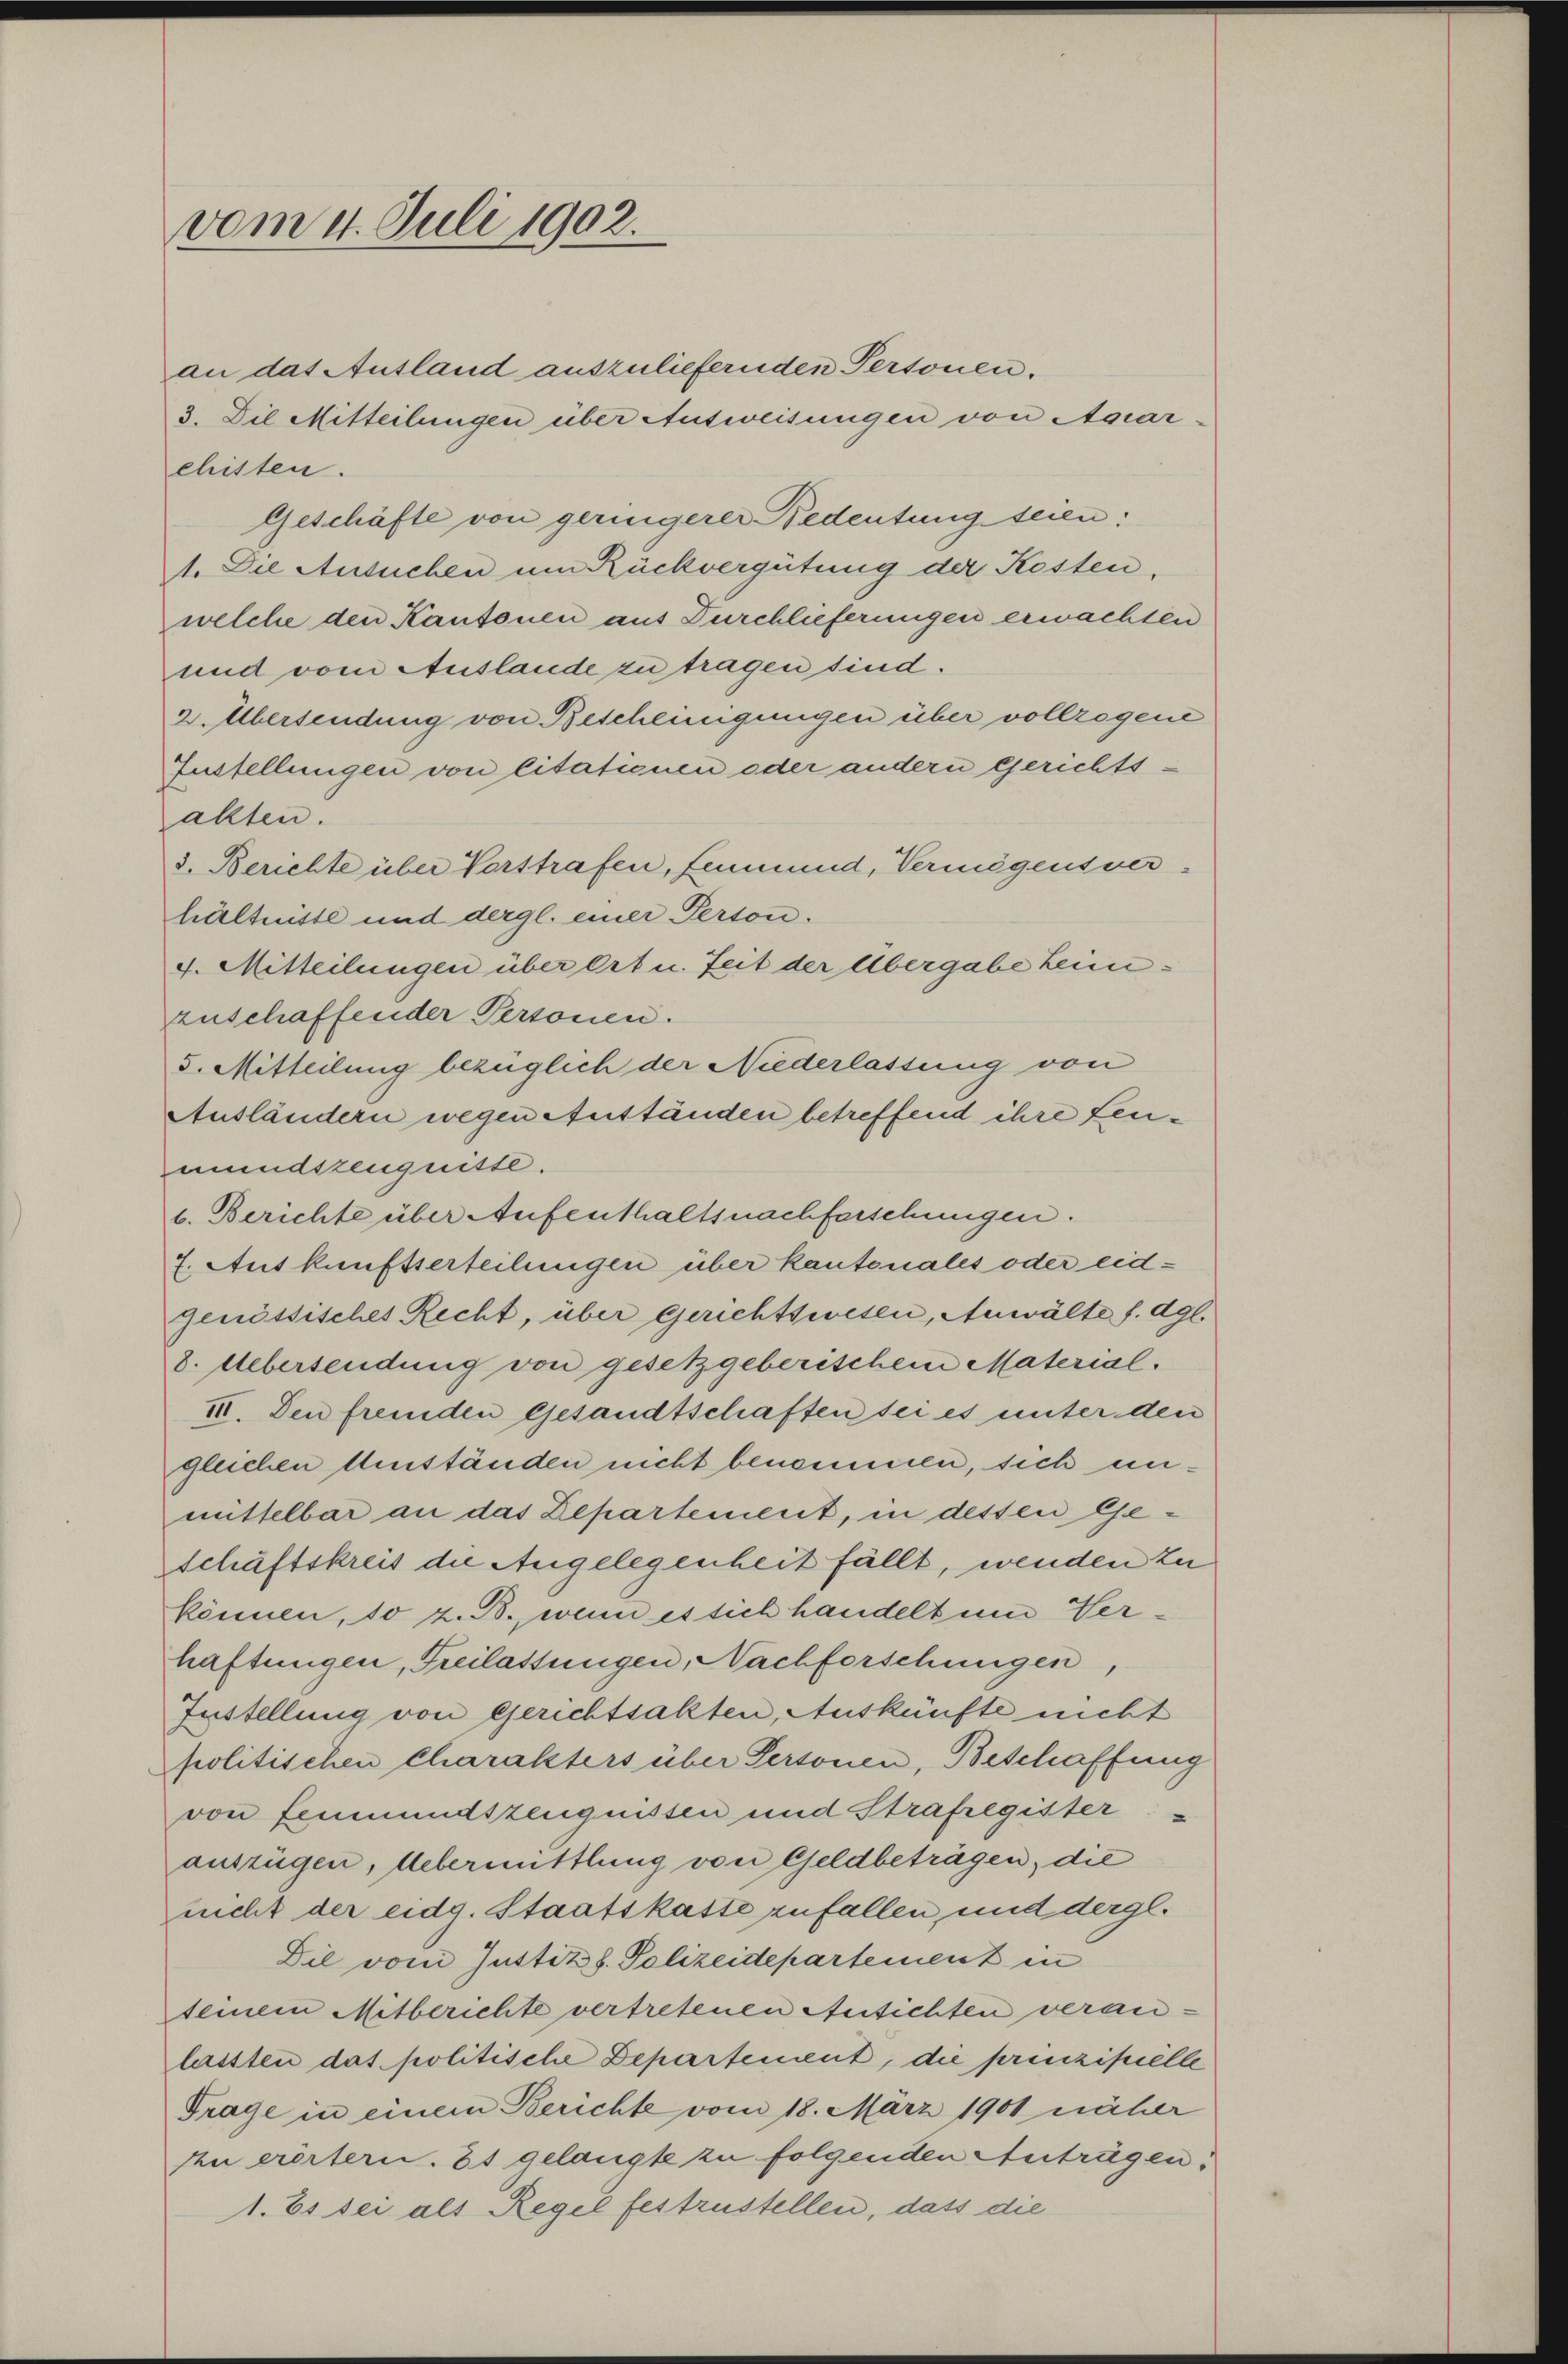
vom 4. Juli 1902.

an das Ausland auszuliefernden Personen.
3. Die Mitteilungen über Ausweisungen von Aerar-
chitten.
Geschäfte von geringerer Bedeutung seien:
1. Die Ansuchen um Rückvergütung der Kosten,
welche den Kantonen aus Durchlieferungen erwachten
und vom Auslande zu tragen sind.
v. Übersendung von Bescheinigungen über vollzogene
Eustellungen von litationen oder andern gerichts.
akten.
3. Berichte über Verstrafen, Einmund, Vermögensver-
hältnisse und dergl. einer Person.
4. Mitteilungen über Ort u. Zeit der Übergabe heimzuschaffender Personen.
5. Mitteilung bezüglich der Niederlassung von
Ausländern wegen Anständen betreffend ihre Leumundszeugnisse.
1. Berichte über Aufenthaltsnachforschungen.
7. Auskunftserteilungen über kantonales oder eidgenössisches Recht, über gerichtswesen, Anwälte f. dgl.
8. Uebersendung von gesetzgeberischem Material¬
III. Den fremden Gesandtschaften sei es unter den
gleichen Umständen nicht benommen, sich unmittelbar an das Departement, in dessen Geschäftskreis die Angelegenheit fällt, wenden zu
können, 10 z. B., wenn es sich handelt um Verhaftungen, Freilassungen, Nachforschungen,
Iustellung von Gerichtsalten, Auskünfte nicht
politischen Charakters über Personen, Beschaffung
von Fenmundszeugnissen und Strafregister
auszügen, Uebermittlung von Geldbeträgen, die
nicht der eidg. Staatskasse zufallen, und dergl.
Die vom Justiz z. Polizeidepartement in
seinem Mitberichte vertretenen Ansichten veranlassten das politische Departement, die prinzipielle
Frage in einem Berichte vom 18. März 1901 näher
Ien erörtern. 31 gelangte zu folgenden Anträgen.
1. Es sei als Regel festzustellen, dass die